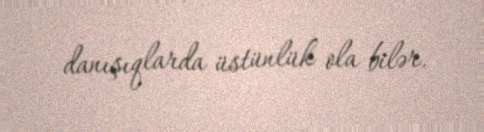
danışıqlarda üstünlük ola bilər.